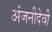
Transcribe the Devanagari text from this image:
अंजनीदेवी